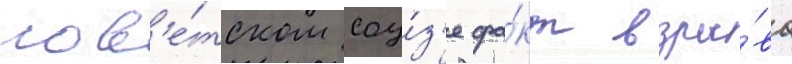
сов'е́тском соу́з'е фа́кт взры́ва